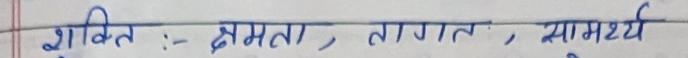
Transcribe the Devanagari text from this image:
शक्ति : - क्षमता, ताकत, सामर्थ्य